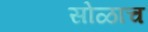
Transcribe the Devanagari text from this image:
सोळाच